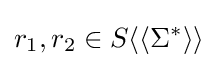
r_{1},r_{2}\in S\langle \langle \Sigma ^{*}\rangle \rangle